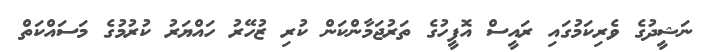
ނަޝީދުގެ ވެރިކަމުގައި ރައީސް އޮފީހުގެ ތަރުޖަމާންކަން ކުރި ޒުހޭރު ހައްޔަރު ކުރުމުގެ މަސައްކަތް